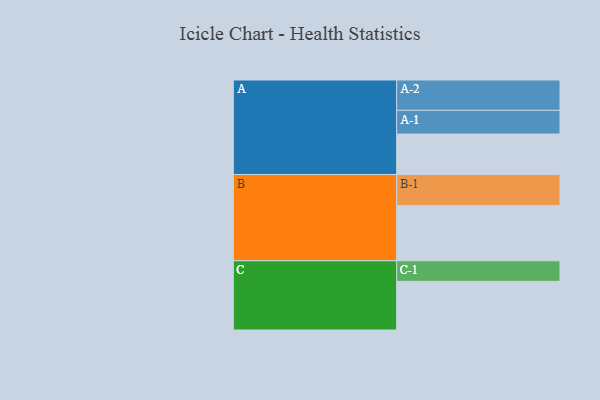
{"axis": {"x": "Segment", "y": "Value"}, "legend": ["", "A", "B", "C"], "data": [{"x": "A", "y": 336, "type": ""}, {"x": "B", "y": 460, "type": ""}, {"x": "C", "y": 404, "type": ""}, {"x": "A-1", "y": 197, "type": "A"}, {"x": "A-2", "y": 252, "type": "A"}, {"x": "B-1", "y": 257, "type": "B"}, {"x": "C-1", "y": 171, "type": "C"}]}